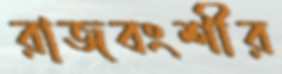
রাজবংশীর